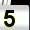
Digit: 5